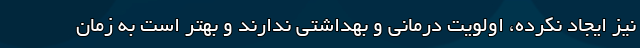
نیز ایجاد نکرده، اولویت درمانی و بهداشتی ندارند و بهتر است به زمان